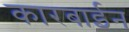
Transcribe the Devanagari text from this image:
कारबाईन